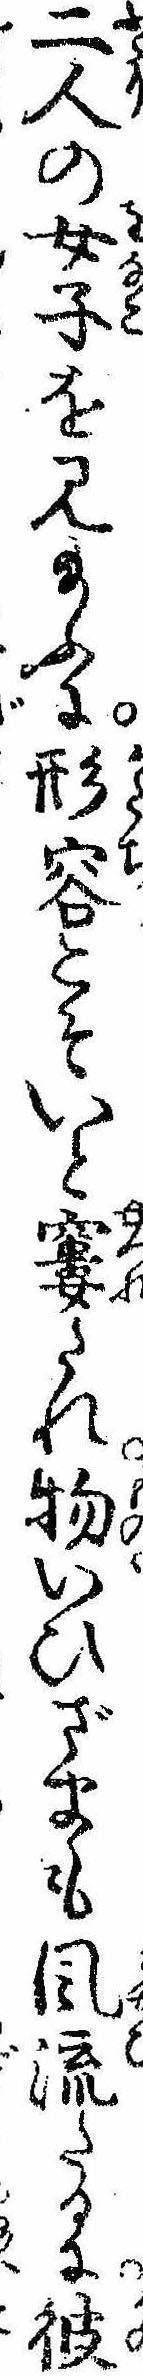
二人の女子を見給ふに形容こそいと窶たれ物いひざまも風流たるに彼